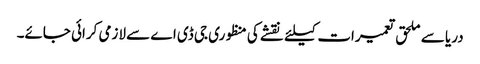
دریا سے ملحق تعمیرات کیلئے نقشے کی منظوری جی ڈی اے سے لازمی کرائی جائے۔